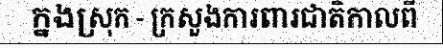
ក្នងស្រុក - ក្រសួងការពារជាតិកាលពី